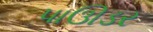
પાઊડર